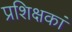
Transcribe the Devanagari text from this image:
प्रशिक्षकां